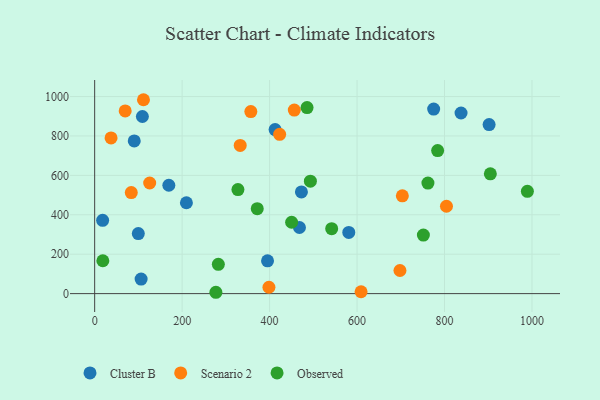
{"axis": {"x": "Speed", "y": "Rating"}, "legend": ["Cluster B", "Observed", "Scenario 2"], "data": [{"x": "468.3", "y": 335.6, "type": "Cluster B"}, {"x": "472.8", "y": 516.2, "type": "Cluster B"}, {"x": "412.6", "y": 832.5, "type": "Cluster B"}, {"x": "169.6", "y": 550.0, "type": "Cluster B"}, {"x": "90.5", "y": 774.8, "type": "Cluster B"}, {"x": "775.2", "y": 936.5, "type": "Cluster B"}, {"x": "902.0", "y": 858.0, "type": "Cluster B"}, {"x": "395.3", "y": 166.2, "type": "Cluster B"}, {"x": "837.8", "y": 916.5, "type": "Cluster B"}, {"x": "18.2", "y": 371.8, "type": "Cluster B"}, {"x": "106.2", "y": 73.6, "type": "Cluster B"}, {"x": "581.1", "y": 310.4, "type": "Cluster B"}, {"x": "99.8", "y": 304.6, "type": "Cluster B"}, {"x": "109.1", "y": 898.7, "type": "Cluster B"}, {"x": "209.8", "y": 461.2, "type": "Cluster B"}, {"x": "456.5", "y": 931.6, "type": "Scenario 2"}, {"x": "423.0", "y": 808.3, "type": "Scenario 2"}, {"x": "332.8", "y": 752.0, "type": "Scenario 2"}, {"x": "69.8", "y": 927.2, "type": "Scenario 2"}, {"x": "804.5", "y": 443.4, "type": "Scenario 2"}, {"x": "703.6", "y": 496.2, "type": "Scenario 2"}, {"x": "111.6", "y": 983.9, "type": "Scenario 2"}, {"x": "357.1", "y": 923.9, "type": "Scenario 2"}, {"x": "125.8", "y": 561.2, "type": "Scenario 2"}, {"x": "609.2", "y": 9.4, "type": "Scenario 2"}, {"x": "83.7", "y": 512.7, "type": "Scenario 2"}, {"x": "37.5", "y": 789.8, "type": "Scenario 2"}, {"x": "698.1", "y": 117.3, "type": "Scenario 2"}, {"x": "398.5", "y": 32.2, "type": "Scenario 2"}, {"x": "762.1", "y": 560.9, "type": "Observed"}, {"x": "542.0", "y": 329.5, "type": "Observed"}, {"x": "277.2", "y": 6.8, "type": "Observed"}, {"x": "485.7", "y": 944.2, "type": "Observed"}, {"x": "784.3", "y": 725.8, "type": "Observed"}, {"x": "450.4", "y": 362.2, "type": "Observed"}, {"x": "751.7", "y": 296.9, "type": "Observed"}, {"x": "989.5", "y": 519.3, "type": "Observed"}, {"x": "327.6", "y": 527.8, "type": "Observed"}, {"x": "282.8", "y": 148.7, "type": "Observed"}, {"x": "904.8", "y": 608.0, "type": "Observed"}, {"x": "493.3", "y": 570.4, "type": "Observed"}, {"x": "371.8", "y": 431.0, "type": "Observed"}, {"x": "18.7", "y": 166.7, "type": "Observed"}]}